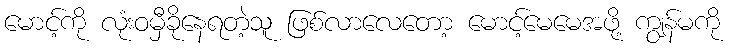
မောင့်ကို လုံးဝမှီခိုနေရတဲ့သူ ဖြစ်လာလေတော့ မောင့်မေမေအဖို့ ကျွန်မကို